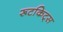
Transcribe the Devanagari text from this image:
रूटकिट्स